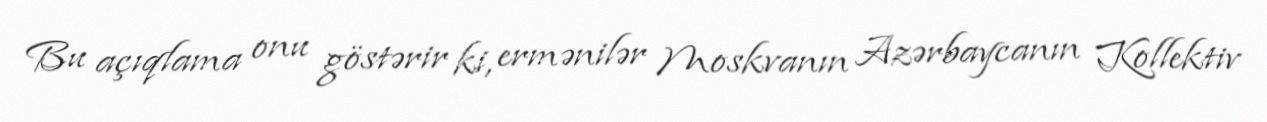
Bu açıqlama onu göstərir ki, ermənilər Moskvanın Azərbaycanın Kollektiv